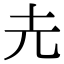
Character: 圥